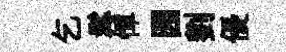
乞髯憚园劉優